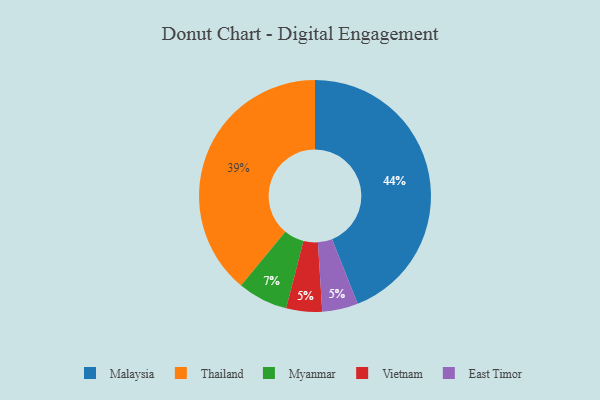
{"axis": {"x": "Category", "y": "Percentage"}, "legend": ["East Timor", "Malaysia", "Myanmar", "Thailand", "Vietnam"], "data": [{"x": "Thailand", "y": 39, "type": "Thailand"}, {"x": "Myanmar", "y": 7, "type": "Myanmar"}, {"x": "Vietnam", "y": 5, "type": "Vietnam"}, {"x": "Malaysia", "y": 44, "type": "Malaysia"}, {"x": "East Timor", "y": 5, "type": "East Timor"}]}